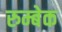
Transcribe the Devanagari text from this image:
रुम्बेक